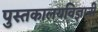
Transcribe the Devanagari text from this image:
पुस्तकालयविज्ञानी